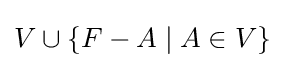
V\cup \{F-A\mid A\in V\}